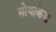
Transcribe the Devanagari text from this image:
मोथाकेस